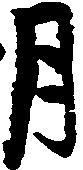
月